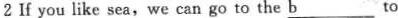
2If you like sea,we can go to the